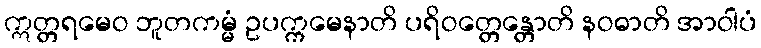
ဣတ္တရမေဝ ဘူတကမ္မံ ဥပက္ကမေနာတိ ပရိဝတ္တေန္တောတိ နဝဓာတိ အာဝါပံ